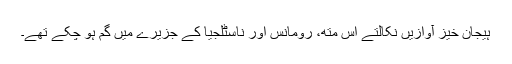
ہیجان خیز آوازیں نکالتے اس متھ، رومانس اور ناسٹلجیا کے جزیرے میں گم ہو چکے تھے۔